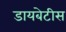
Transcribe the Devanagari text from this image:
डायबेटीस